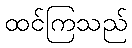
ထင်ကြသည်